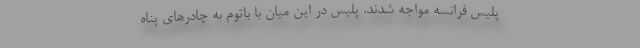
پلیس فرانسه مواجه شدند. پلیس در این میان با باتوم به چادرهای پناه